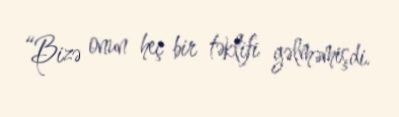
“Bizə onun heç bir təklifi gəlməmişdi.